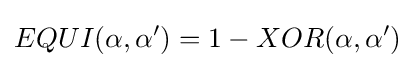
EQUI(\alpha ,\alpha ')=1-XOR(\alpha ,\alpha ')